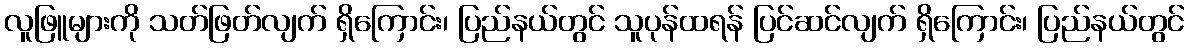
လူဖြူများကို သတ်ဖြတ်လျက် ရှိကြောင်း၊ ပြည်နယ်တွင် သူပုန်ထရန် ပြင်ဆင်လျက် ရှိကြောင်း၊ ပြည်နယ်တွင်